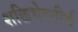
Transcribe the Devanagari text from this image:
शक्तिभेदतीर्थ